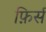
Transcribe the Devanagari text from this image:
फ़िर्स